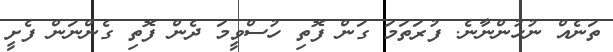
ތަނެއް ނުހުންނާނެ. ފުރަތަމަ ގަން ފޮތި ހުސްވީމަ ދެން ފޮތި ގެންނަން ފެށީ